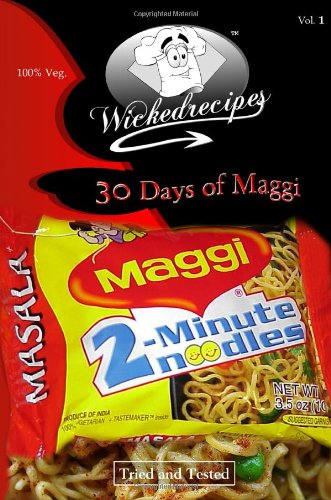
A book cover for Wickedrecipes: 30 Days Of Maggi; Wicked Sunny; Cookbooks, Food & Wine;